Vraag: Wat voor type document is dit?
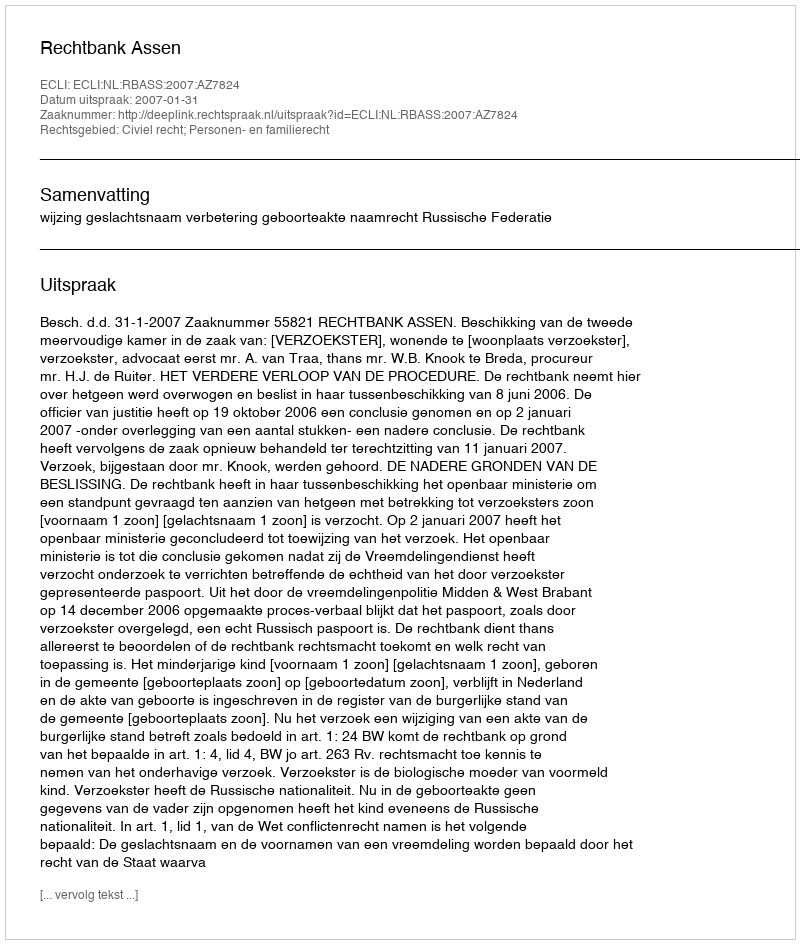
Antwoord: Uitspraak